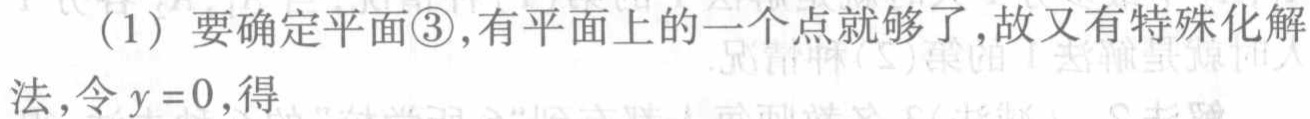
（1）要确定平面\textcircled{3},有平面上的一个点就够了,故又有特殊化解法,令 \(y = 0\),得